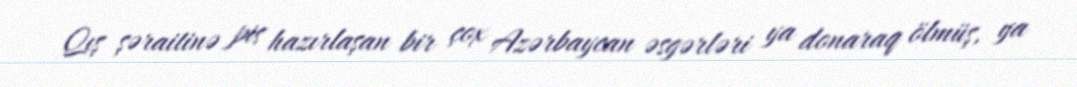
Qış şəraitinə pis hazırlaşan bir çox Azərbaycan əsgərləri ya donaraq ölmüş, ya